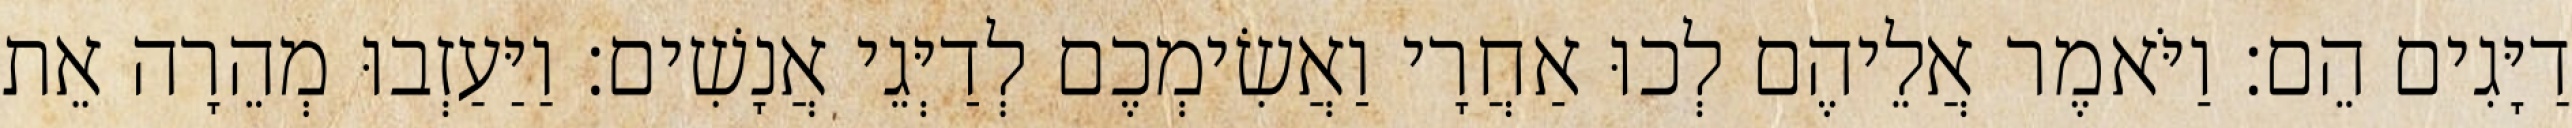
דַיָּגִים הֵם׃ וַיֹּאמֶר אֲלֵיהֶם לְכוּ אַחֲרָי וַאֲשִׂימְכֶם לְדַיְּגֵי אֲנָשִׁים׃ וַיַּעַזְבוּ מְהֵרָה אֵת